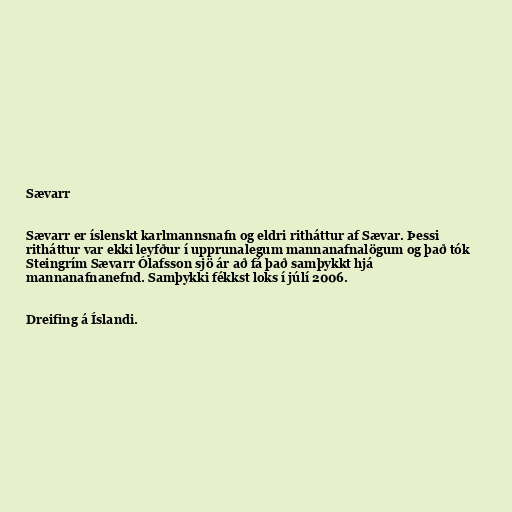
Sævarr

Sævarr er íslenskt karlmannsnafn og eldri ritháttur af Sævar. Þessi
ritháttur var ekki leyfður í upprunalegum mannanafnalögum og það tók
Steingrím Sævarr Ólafsson sjö ár að fá það samþykkt hjá
mannanafnanefnd. Samþykki fékkst loks í júlí 2006.

Dreifing á Íslandi.